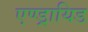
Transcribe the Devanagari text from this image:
एण्ड्रायिड